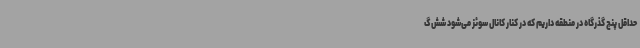
حداقل پنج گذرگاه در منطقه داریم که در کنار کانال سوئز می‌شود شش گ